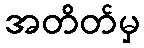
အတိတ်မှ